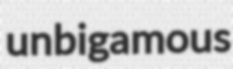
unbigamous